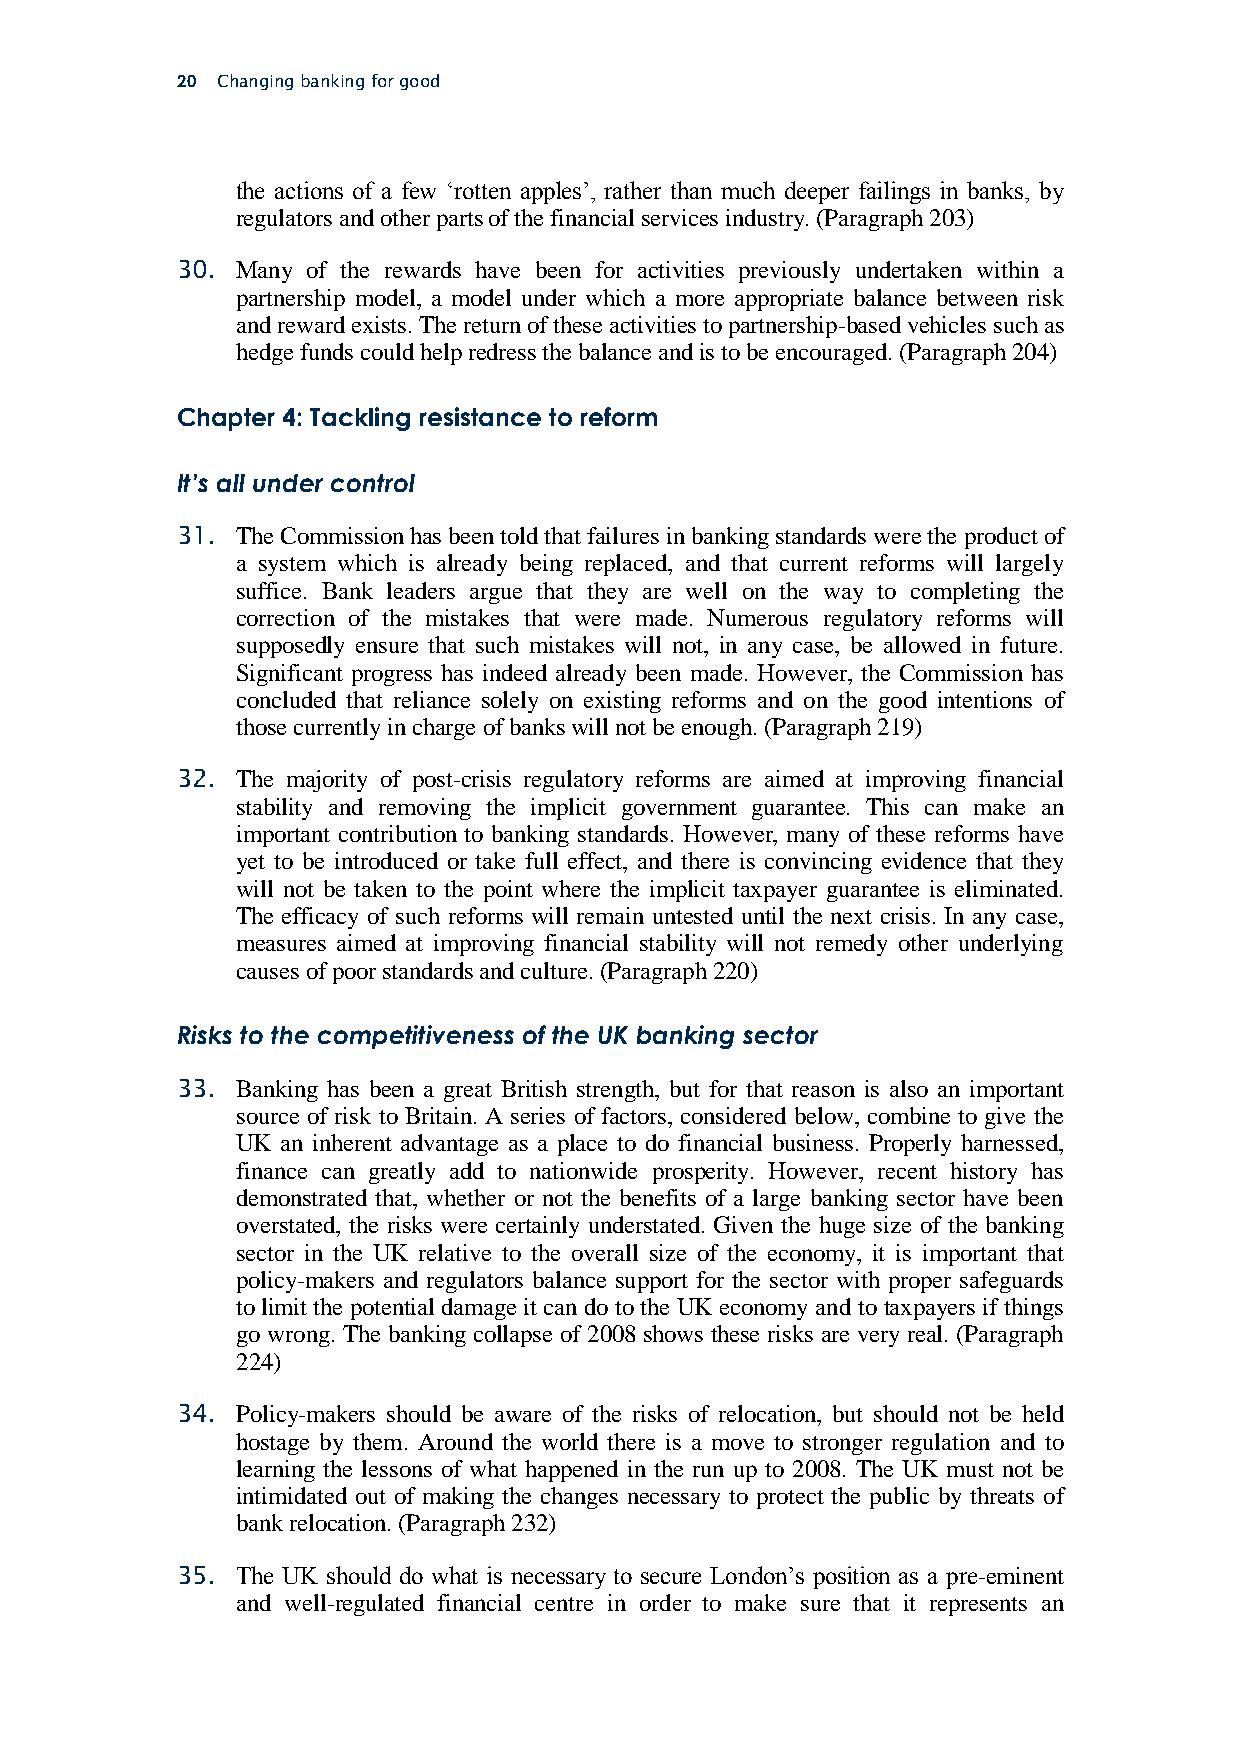
20 Changing banking for good
 the actions of a few ‘rotten apples’, rather than much deeper failings in banks, by
 regulators and other parts of the financial services industry. (Paragraph 203)
 30. Many of the rewards have been for activities previously undertaken within a
 partnership model, a model under which a more appropriate balance between risk
 and reward exists. The return of these activities to partnership-based vehicles such as
 hedge funds could help redress the balance and is to be encouraged. (Paragraph 204)
 Chapter 4: Tackling resistance to reform
 It’s all under control
 31. The Commission has been told that failures in banking standards were the product of
 a system which is already being replaced, and that current reforms will largely
 suffice. Bank leaders argue that they are well on the way to completing the
 correction of the mistakes that were made. Numerous regulatory reforms will
 supposedly ensure that such mistakes will not, in any case, be allowed in future.
 Significant progress has indeed already been made. However, the Commission has
 concluded that reliance solely on existing reforms and on the good intentions of
 those currently in charge of banks will not be enough. (Paragraph 219)
 32. The majority of post-crisis regulatory reforms are aimed at improving financial
 stability and removing the implicit government guarantee. This can make an
 important contribution to banking standards. However, many of these reforms have
 yet to be introduced or take full effect, and there is convincing evidence that they
 will not be taken to the point where the implicit taxpayer guarantee is eliminated.
 The efficacy of such reforms will remain untested until the next crisis. In any case,
 measures aimed at improving financial stability will not remedy other underlying
 causes of poor standards and culture. (Paragraph 220)
 Risks to the competitiveness of the UK banking sector
 33. Banking has been a great British strength, but for that reason is also an important
 source of risk to Britain. A series of factors, considered below, combine to give the
 UK an inherent advantage as a place to do financial business. Properly harnessed,
 finance can greatly add to nationwide prosperity. However, recent history has
 demonstrated that, whether or not the benefits of a large banking sector have been
 overstated, the risks were certainly understated. Given the huge size of the banking
 sector in the UK relative to the overall size of the economy, it is important that
 policy-makers and regulators balance support for the sector with proper safeguards
 to limit the potential damage it can do to the UK economy and to taxpayers if things
 go wrong. The banking collapse of 2008 shows these risks are very real. (Paragraph
 224)
 34. Policy-makers should be aware of the risks of relocation, but should not be held
 hostage by them. Around the world there is a move to stronger regulation and to
 learning the lessons of what happened in the run up to 2008. The UK must not be
 intimidated out of making the changes necessary to protect the public by threats of
 bank relocation. (Paragraph 232)
 35. The UK should do what is necessary to secure London’s position as a pre-eminent
 and well-regulated financial centre in order to make sure that it represents an